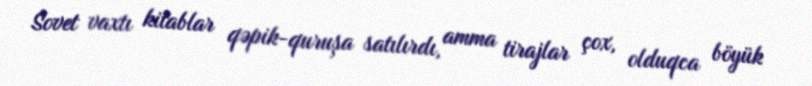
Sovet vaxtı kitablar qəpik-quruşa satılırdı, amma tirajlar çox, olduqca böyük